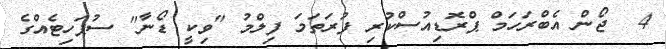
4  ޖޯން އެބްރަހަމް ޕްރޮޑިއުސްކުރި ފުރަތަމަ ފިލްމު "ވިކީ ޑޯނާ" ސުޕަހިޓެއްގެ